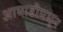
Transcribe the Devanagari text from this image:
आघाडीमधून